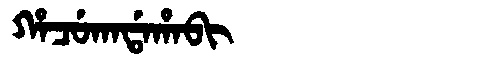
Manchu: ᡥᠠᠴᡠᡴᠠᡩᠠᡥᠠᠪᡳ
Romanization: HACUKADAHABI